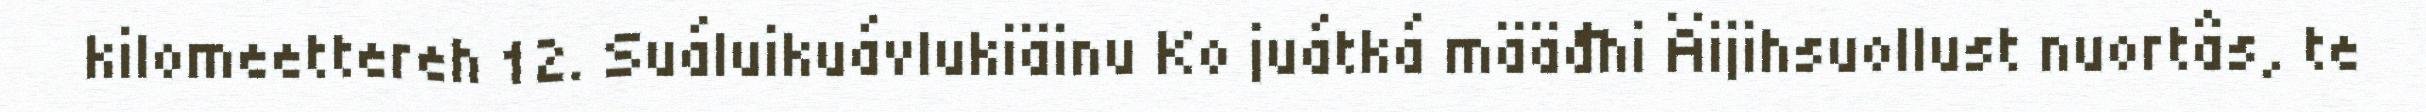
kilomeettereh 12. Suáluikuávlukiäinu Ko juátká määđhi Äijihsuollust nuortâs, te